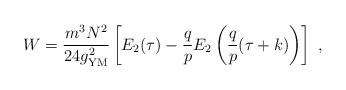
LaTeX: \begin{align*}W = {m^3N^2\over 24 g_{{\rm YM}}^2}\left[E_2(\tau) -{q\over p}E_2\left({q\over p}(\tau+k)\right)\right]\ ,\end{align*}